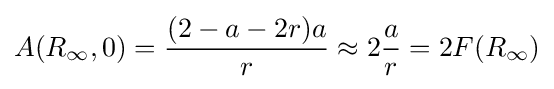
A(R_{\infty },0)={\frac {(2-a-2r)a}{r}}\approx 2{\frac {a}{r}}=2F(R_{\infty })